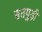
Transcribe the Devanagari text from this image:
सतपुड़ी